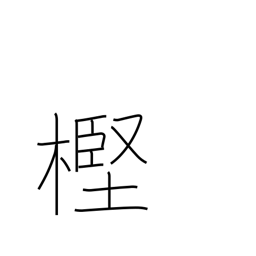
Meaning: evergreen oak